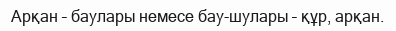
Арқан – баулары немесе бау-шулары – құр, арқан.